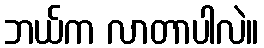
ဘယ်က လာတာပါလဲ။